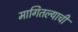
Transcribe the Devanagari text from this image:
मागितल्याची